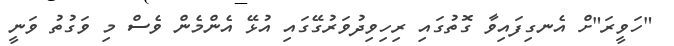
"ހަވީރަ"ށް އެނގިފައިވާ ގޮތުގައި ރިހިވިދުވަރުގޭގައި އުޅޭ އެންމެން ވެސް މި ވަގުތު ވަނީ